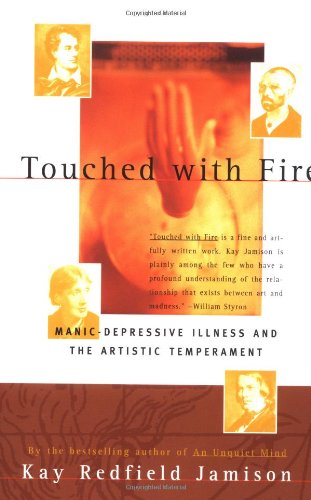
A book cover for Touched with Fire: Manic-Depressive Illness and the Artistic Temperament; Kay Redfield Jamison; Science & Math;